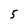
Character: 5